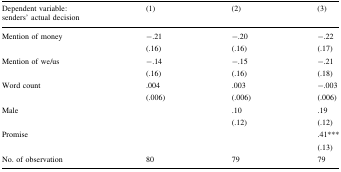
<table><thead><tr><td><b>Dependent variable:senders’ actual decision</b></td><td><b>(1)</b></td><td><b>(2)</b></td><td><b>(3)</b></td></tr></thead><tbody><tr><td>Mention of money</td><td>−.21(.16)</td><td>−.20(.16)</td><td>−.22(.17)</td></tr><tr><td>Mention of we/us</td><td>−.14(.16)</td><td>−.15(.16)</td><td>−.21(.18)</td></tr><tr><td>Word count</td><td>.004(.006)</td><td>.003(.006)</td><td>−.003(.006)</td></tr><tr><td>Male</td><td></td><td>.10(.12)</td><td>.19(.12)</td></tr><tr><td>Promise</td><td></td><td></td><td>.41***(.13)</td></tr><tr><td>No. of observation</td><td>80</td><td>79</td><td>79</td></tr></tbody></table>